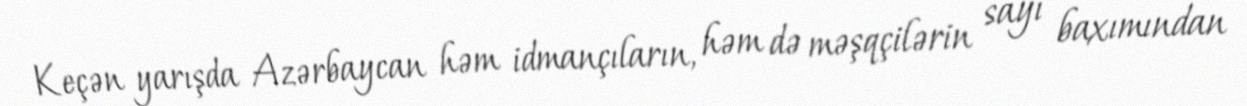
Keçən yarışda Azərbaycan həm idmançıların, həm də məşqçilərin sayı baxımından